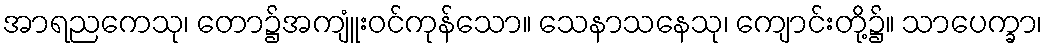
အာရညကေသု၊ တော၌အကျူံးဝင်ကုန်သော။ သေနာသနေသု၊ ကျောင်းတို့၌။ သာပေက္ခာ၊